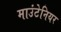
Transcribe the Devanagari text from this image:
माउंटेनियर